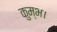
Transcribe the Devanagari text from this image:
कुम्भ।